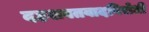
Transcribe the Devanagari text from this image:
दहशवतवादविरोधी